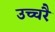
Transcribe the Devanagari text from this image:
उच्‍चरै